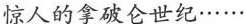
惊人的拿破仑世纪······